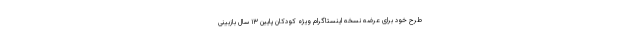
طرح خود برای عرضه نسخه اینستاگرام ویژه کودکان پایین ۱۳ سال بازبینی